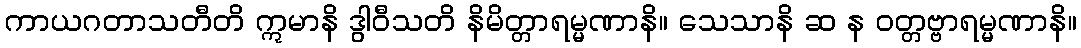
ကာယဂတာသတီတိ ဣမာနိ ဒွါဝီသတိ နိမိတ္တာရမ္မဏာနိ။ သေသာနိ ဆ န ဝတ္တဗ္ဗာရမ္မဏာနိ။